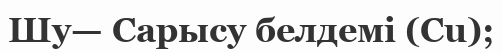
Шу— Сарысу белдемі (Сu);